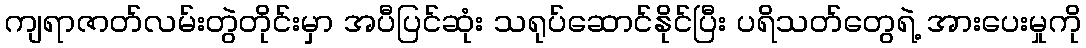
ကျရာဇာတ်လမ်းတွဲတိုင်းမှာ အပီပြင်ဆုံး သရုပ်ဆောင်နိုင်ပြီး ပရိသတ်တွေရဲ့ အားပေးမှုကို